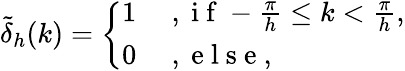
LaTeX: \tilde{\delta}_{h}(k)=\left\{ \begin{array}{ll}{1}&{\mathrm{~,~i~f~}-\frac{\pi}{h}\le k<\frac{\pi}{h},}\\ {0}&{\mathrm{~,~e~l~s~e~,~}}\end{array}\right.